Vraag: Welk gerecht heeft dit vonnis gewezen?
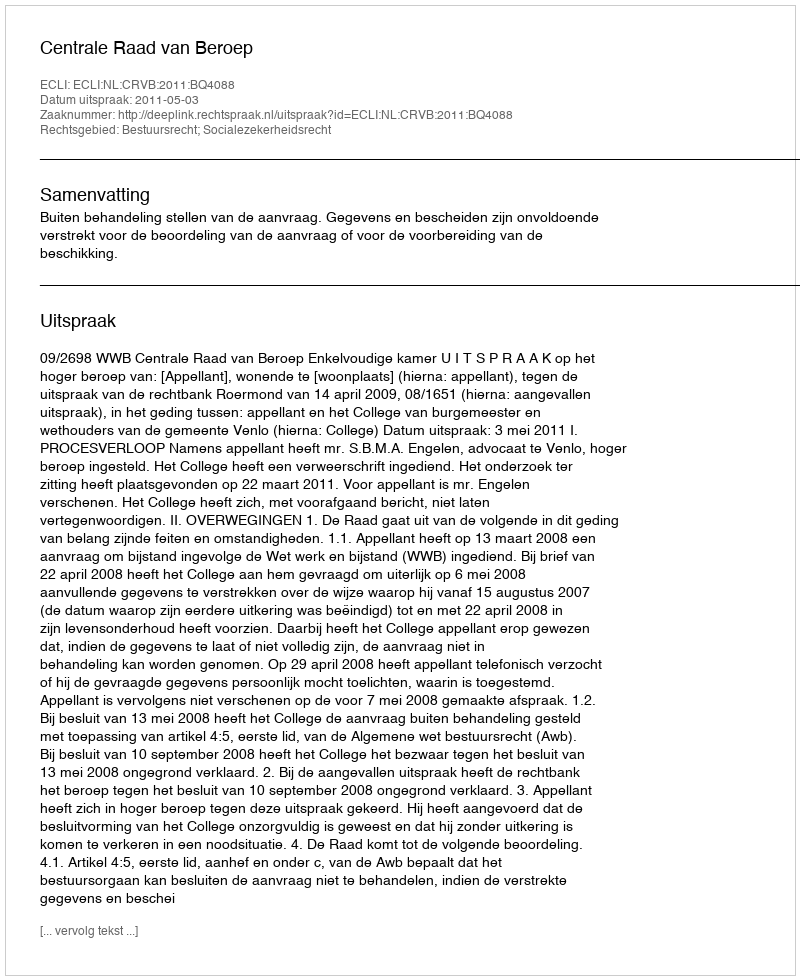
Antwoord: Centrale Raad van Beroep